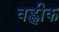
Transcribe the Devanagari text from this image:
वह्लीक